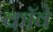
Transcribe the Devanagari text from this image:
कॉवे